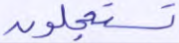
تستعجلون